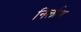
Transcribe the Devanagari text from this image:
निर्लाभ